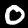
Label: 0